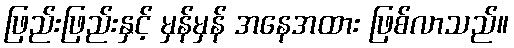
ဖြည်းဖြည်းနှင့် မှန်မှန် အနေအထား ဖြစ်လာသည်။